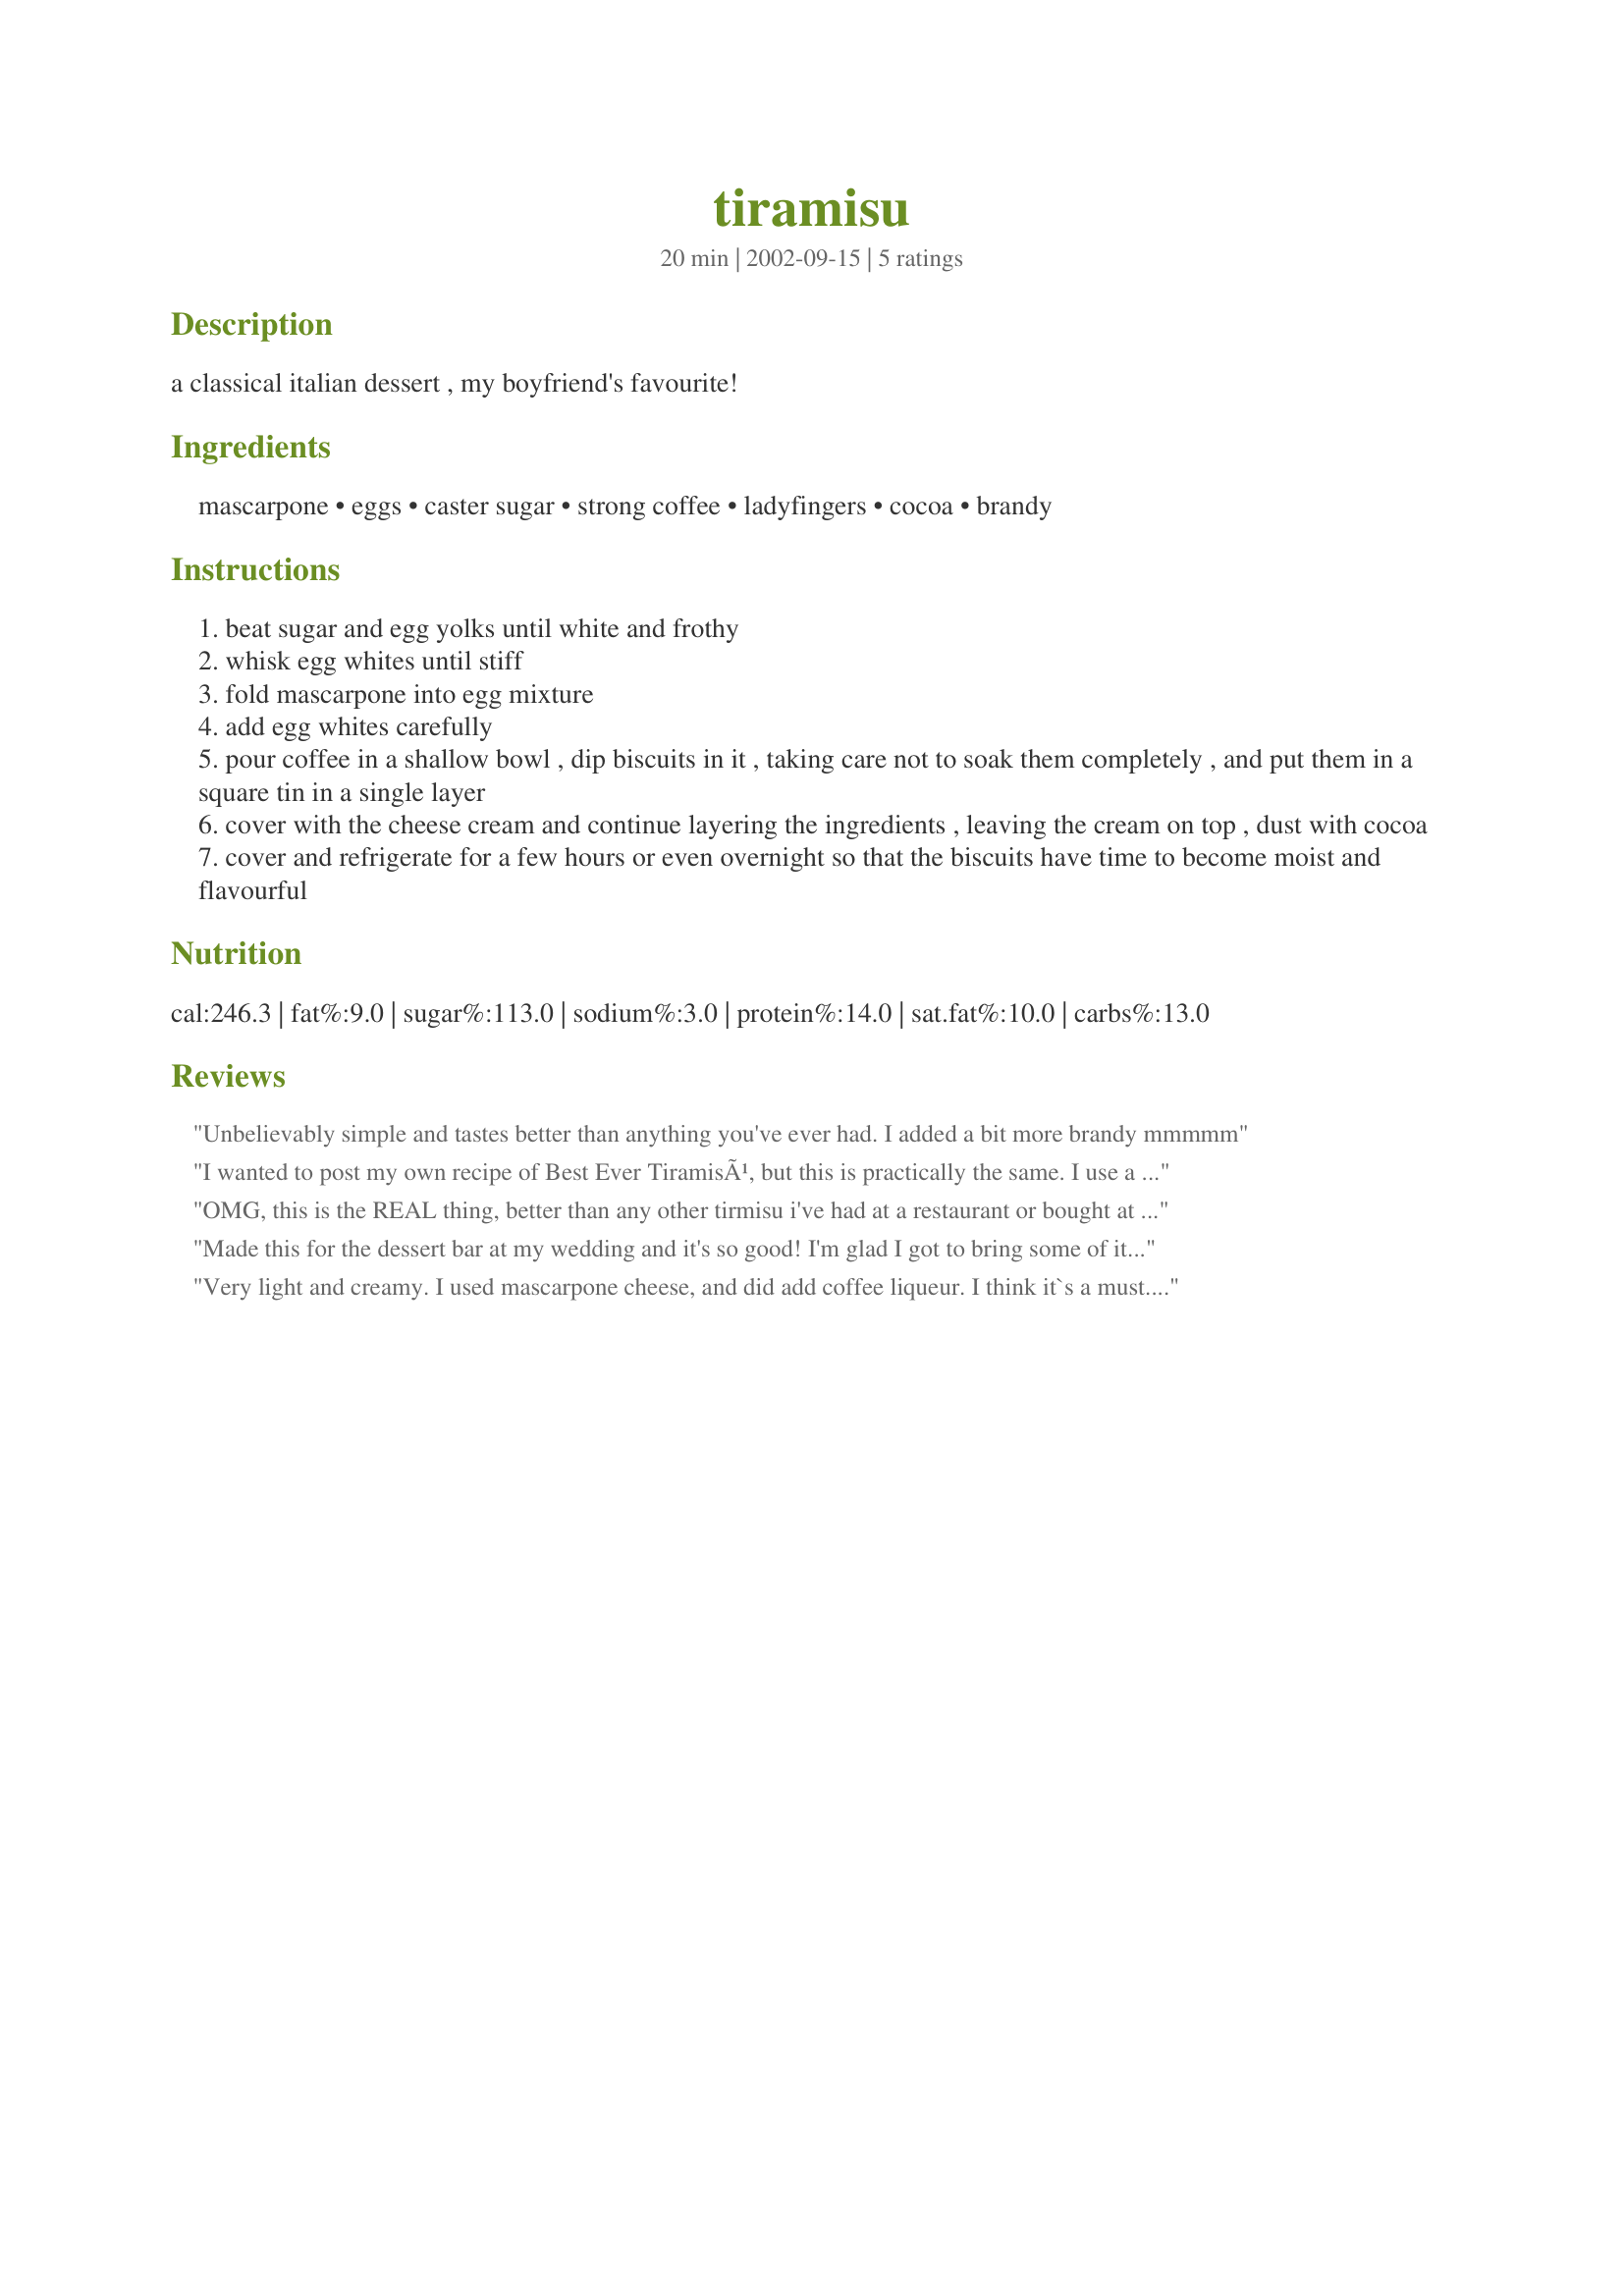
tiramisu
Preparation time: 20 minutes

a classical italian dessert , my boyfriend's favourite!

Ingredients:
mascarpone, eggs, caster sugar, strong coffee, ladyfingers, cocoa, brandy

Steps:
beat sugar and egg yolks until white and frothy
whisk egg whites until stiff
fold mascarpone into egg mixture
add egg whites carefully
pour coffee in a shallow bowl , dip biscuits in it , taking care not to soak them completely , and put them in a square tin in a single layer
cover with the cheese cream and continue layering the ingredients , leaving the cream on top , dust with cocoa
cover and refrigerate for a few hours or even overnight so that the biscuits have time to become moist and flavourful

Reviews:
Unbelievably simple and tastes better than anything you've ever had. I added a bit more brandy mmmmm
I wanted to post my own recipe of Best Ever TiramisÃ¹, but this is practically the same. I use a tablespoon of sugar per egg and add a shot of Brandy. The perfect dessert to show your friends that you love them! Relaxing to make and delicious to eat.
OMG, this is the REAL thing, better than any other tirmisu i've had at a restaurant or bought at the shop.

I am getting the feeling that I will be making this a lot.
Made this for the dessert bar at my wedding and it's so good! I'm glad I got to bring some of it home so I could finish it off!!! Thanks so much for sharing!!!!
Very light and creamy. I used mascarpone cheese, and did add coffee liqueur. I think it`s a must. The egg yolks and sugar I cook in a double boiler wisking till all the sugat is dissolved and till a light butter yellow. Thanks for posting this recipe. I hope the picture does it the justice it deserves.
